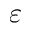
\varepsilon